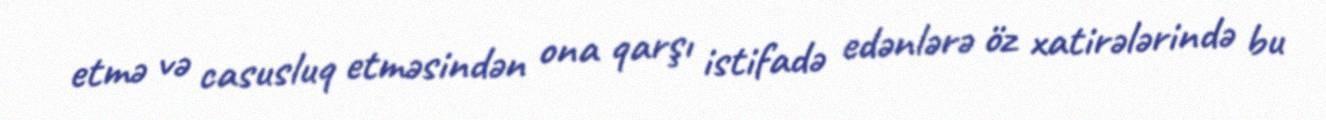
etmə və casusluq etməsindən ona qarşı istifadə edənlərə öz xatirələrində bu